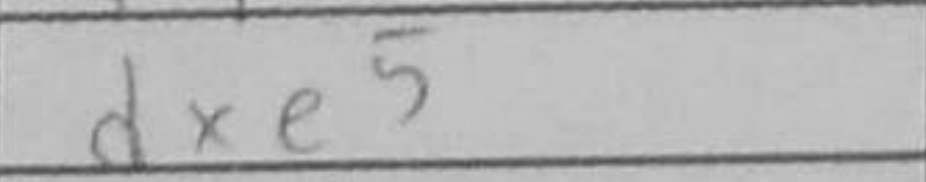
Transcription: dxe5